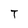
Character: T